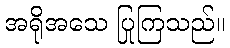
အရိုအသေ ပြုကြသည်။